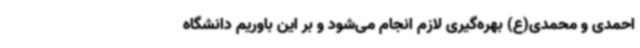
احمدی و محمدی(ع) بهره‌گیری لازم انجام می‌شود و بر این باوریم دانشگاه